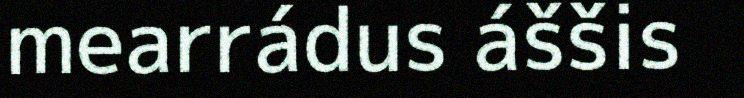
mearrádus áššis